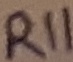
Text: R11